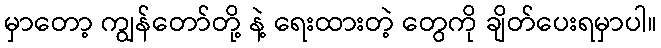
မှာတော့ ကျွန်တော်တို့ နဲ့ ရေးထားတဲ့ တွေကို ချိတ်ပေးရမှာပါ။